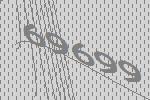
69699